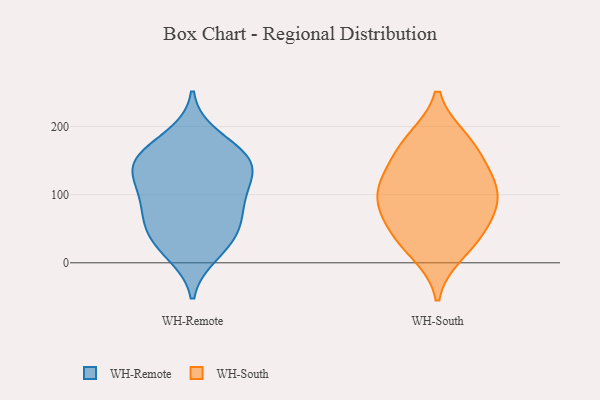
{"axis": {"x": "Demand Index", "y": "Value"}, "legend": ["WH-Remote", "WH-South"], "data": [{"x": "", "y": 145, "type": "WH-Remote"}, {"x": "", "y": 52, "type": "WH-Remote"}, {"x": "", "y": 107, "type": "WH-Remote"}, {"x": "", "y": 14, "type": "WH-Remote"}, {"x": "", "y": 185, "type": "WH-Remote"}, {"x": "", "y": 64, "type": "WH-Remote"}, {"x": "", "y": 149, "type": "WH-Remote"}, {"x": "", "y": 119, "type": "WH-Remote"}, {"x": "", "y": 147, "type": "WH-Remote"}, {"x": "", "y": 42, "type": "WH-Remote"}, {"x": "", "y": 146, "type": "WH-Remote"}, {"x": "", "y": 161, "type": "WH-Remote"}, {"x": "", "y": 25, "type": "WH-Remote"}, {"x": "", "y": 81, "type": "WH-Remote"}, {"x": "", "y": 94, "type": "WH-Remote"}, {"x": "", "y": 126, "type": "WH-South"}, {"x": "", "y": 155, "type": "WH-South"}, {"x": "", "y": 33, "type": "WH-South"}, {"x": "", "y": 114, "type": "WH-South"}, {"x": "", "y": 83, "type": "WH-South"}, {"x": "", "y": 178, "type": "WH-South"}, {"x": "", "y": 90, "type": "WH-South"}, {"x": "", "y": 70, "type": "WH-South"}, {"x": "", "y": 15, "type": "WH-South"}, {"x": "", "y": 181, "type": "WH-South"}, {"x": "", "y": 112, "type": "WH-South"}, {"x": "", "y": 46, "type": "WH-South"}]}